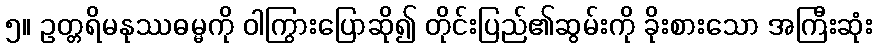
၅။ ဥတ္တရိမနုဿဓမ္မကို ဝါကြွားပြောဆို၍ တိုင်းပြည်၏ဆွမ်းကို ခိုးစားသော အကြီးဆုံး